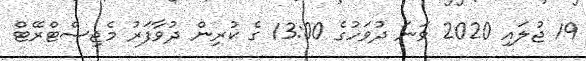
19 ޖުލައި 2020 ވަނަ ދުވަހުގެ 13:00 ގެ ކުރިން ދުވާފަރު މެޖިސްޓްރޭޓް